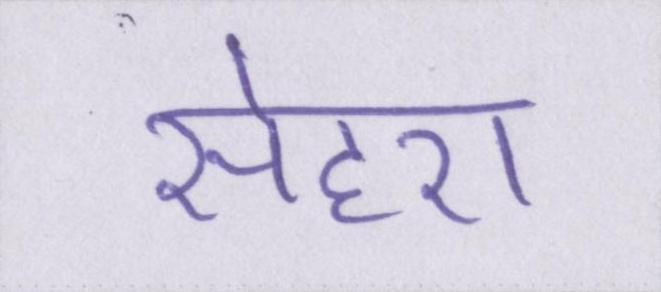
सेहरा